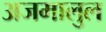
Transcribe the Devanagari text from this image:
अजमालुल